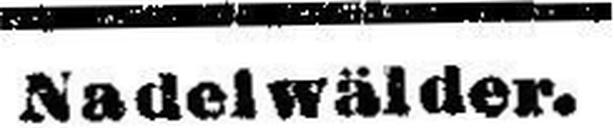
Nadelwälder.